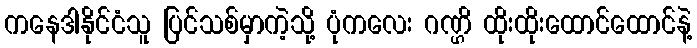
ကနေဒါနိုင်ငံသူ ပြင်သစ်မှာကဲ့သို့ ပုံကလေး ဂဏ္ဌိ ထိုးထိုးထောင်ထောင်နဲ့